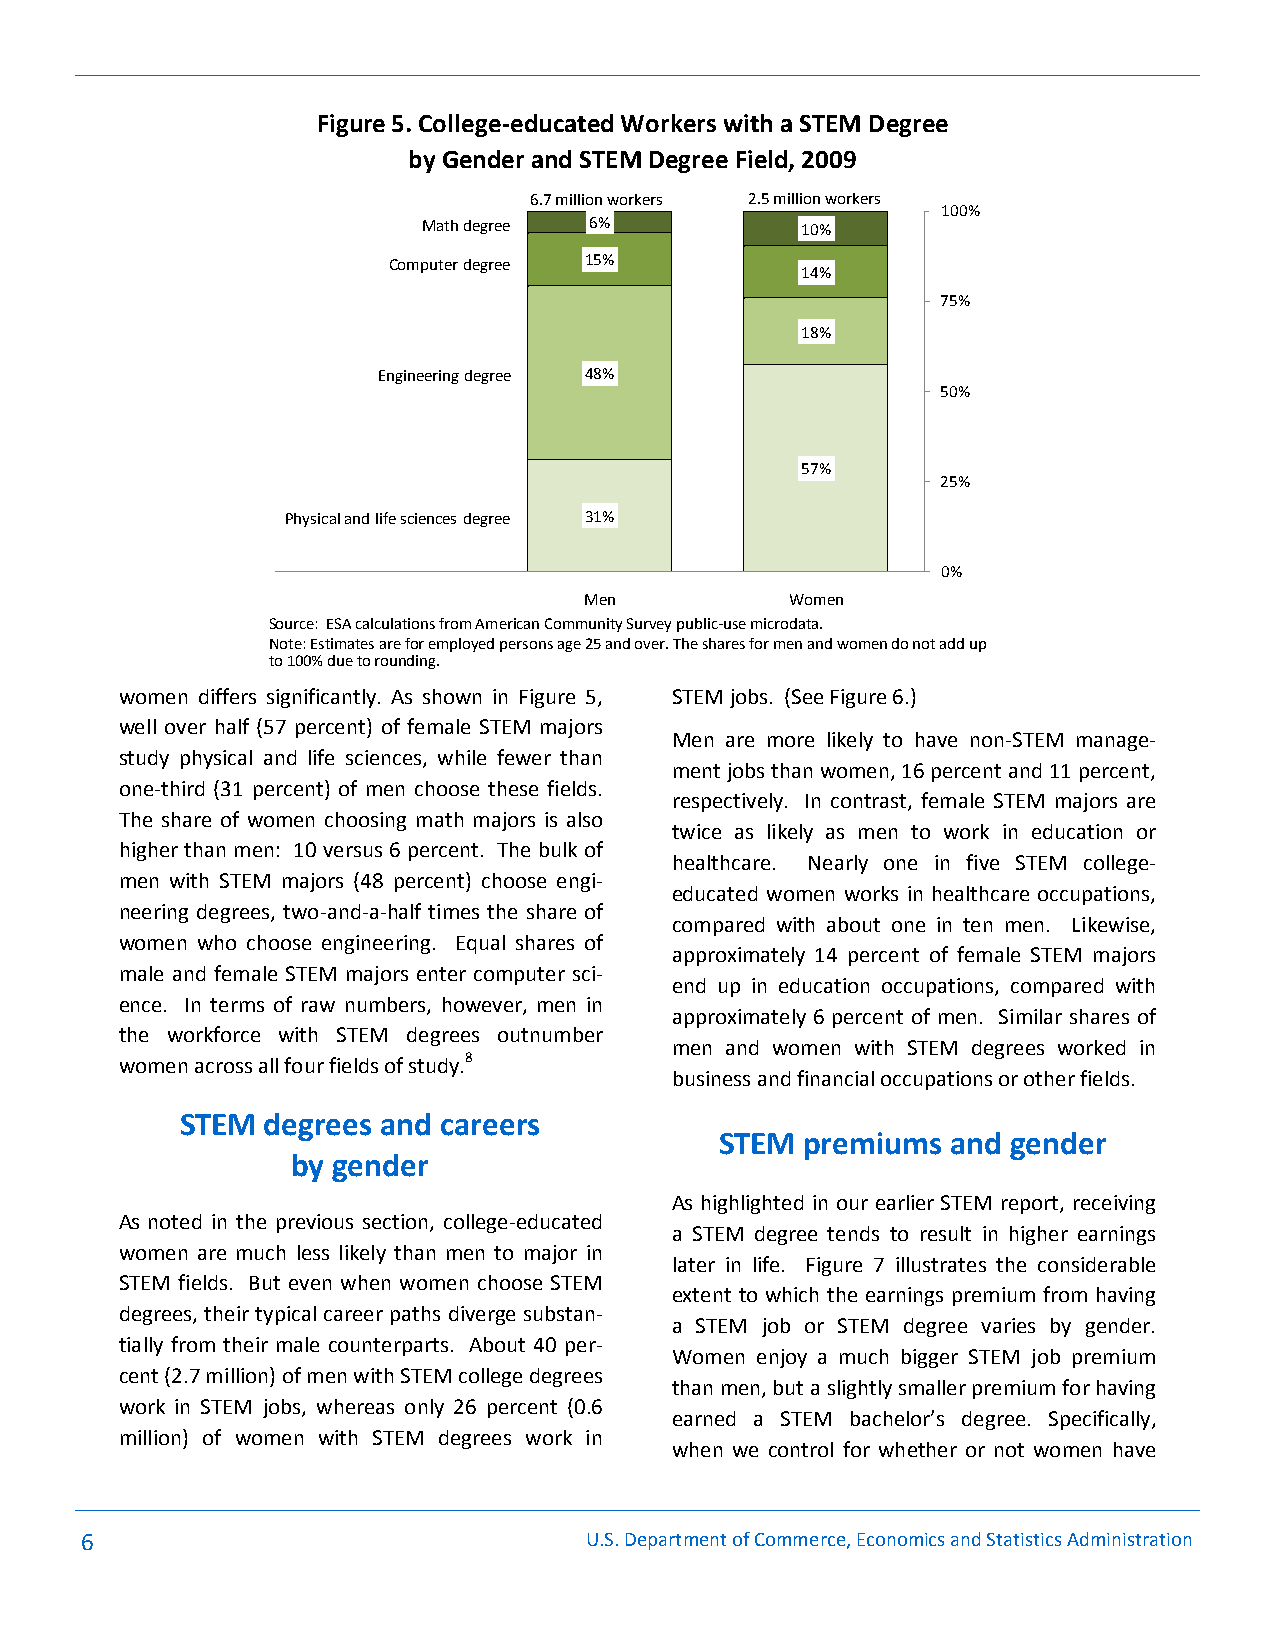
Figure 5. College-educated Workers with a STEM Degree
 by Gender and STEM Degree Field, 2009
 6.7 million workers 2.5 million workers
 100%
 Math degree 6%           10%
 Computer degree 15%
 14%
 75%
 18%
 Engineering degree 48%
 50%
 57%
 25%
 Physicaland life sciences degree 31%
 0%
 Men          Women
 Source: ESA calculations from American Community Survey public-use microdata.
 Note: Estimates are for employed persons age 25 and over. The shares for men and women do not add up
 to 100% due to rounding.
 women differs significantly. As shown in Figure 5, STEM jobs. (See Figure 6.)
 well over half (57 percent) of female STEM majors
 Men are more likely to have non-STEM manage-
 study physical and life sciences, while fewer than
 ment jobs than women, 16 percent and 11 percent,
 one-third (31 percent) of men choose these fields.
 respectively. In contrast, female STEM majors are
 The share of women choosing math majors is also
 twice as likely as men to work in education or
 higher than men: 10 versus 6 percent. The bulk of
 healthcare. Nearly one in five STEM college-
 men with STEM majors (48 percent) choose engi-
 educated women works in healthcare occupations,
 neering degrees, two-and-a-half times the share of
 compared with about one in ten men. Likewise,
 women who choose engineering. Equal shares of
 approximately 14 percent of female STEM majors
 male and female STEM majors enter computer sci-
 end up in education occupations, compared with
 ence. In terms of raw numbers, however, men in
 approximately 6 percent of men. Similar shares of
 the workforce with STEM degrees outnumber
 men and women with STEM degrees worked in
 women across all four fields of study.8
 business and financial occupations or other fields.
 STEM degrees and careers
 STEM premiums  and gender
 by gender
 As highlighted in our earlier STEM report, receiving
 As noted in the previous section, college-educated
 a STEM degree tends to result in higher earnings
 women are much less likely than men to major in
 later in life. Figure 7 illustrates the considerable
 STEM fields. But even when women choose STEM
 extent to which the earnings premium from having
 degrees, their typical career paths diverge substan-
 a STEM job or STEM degree varies by gender.
 tially from their male counterparts. About 40 per-
 Women enjoy a much bigger STEM job premium
 cent (2.7 million) of men with STEM college degrees
 than men, but a slightly smaller premium for having
 work in STEM jobs, whereas only 26 percent (0.6
 earned a STEM bachelor’s degree. Specifically,
 million) of women with STEM degrees work in
 when we control for whether or not women have
 6                                 U.S. Department of Commerce, Economics and Statistics Administration